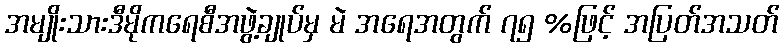
အမျိုးသားဒီမိုကရေစီအဖွဲ့ချုပ်မှ မဲ အရေအတွက် ၇၅ %ဖြင့် အပြတ်အသတ်